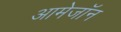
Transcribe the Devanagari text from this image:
आमेजॉन